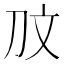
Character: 𭃉